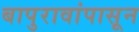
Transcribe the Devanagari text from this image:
बापुरावांपासून